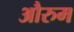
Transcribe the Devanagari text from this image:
औरुम